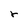
Character: r